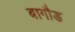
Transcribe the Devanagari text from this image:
बागौड